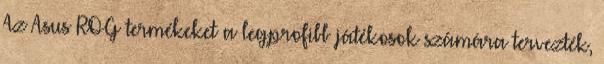
Az Asus ROG termékeket a legprofibb játékosok számára tervezték,